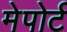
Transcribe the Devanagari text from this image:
मेपोर्ट